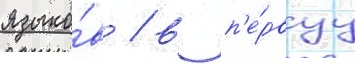
языко́в / в п'е́рвуу